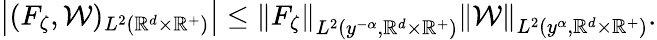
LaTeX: \begin{array}{r}{\left|(F_{\zeta},\mathcal{W})_{L^{2}(\mathbb{R}^{d}\times\mathbb{R}^{+})}\right|\leq\left\| F_{\zeta}\right\| _{L^{2}(y^{-\alpha},\mathbb{R}^{d}\times\mathbb{R}^{+})}\left\| \mathcal{W}\right\| _{L^{2}(y^{\alpha},\mathbb{R}^{d}\times\mathbb{R}^{+})}.}\end{array}